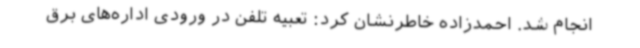
انجام شد. احمدزاده خاطرنشان کرد: تعبیه تلفن در ورودی اداره‌های برق